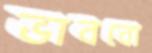
ভাববো